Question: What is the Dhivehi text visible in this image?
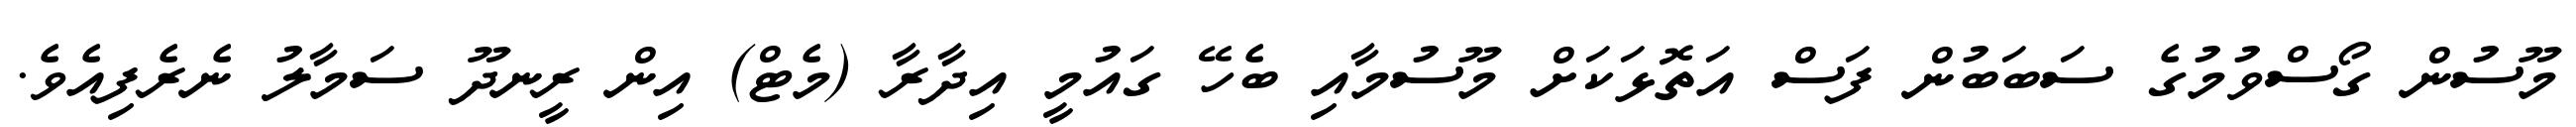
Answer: މޫސުން ގޯސްވުމުގެ ސަބަބުން ފަސް އަތޮޅަކަށް މޫސުމާއި ބެހޭ ގައުމީ އިދާރާ (މެޓް) އިން ރީނދޫ ސަމާލު ނެރެފިއެވެ.